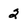
Character: 2